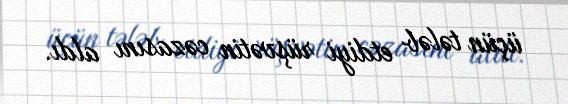
üçün tələb etdiyi rüşvətin cəzasını aldı.